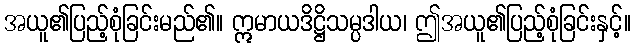
အယူ၏ပြည့်စုံခြင်းမည်၏။ ဣမာယဒိဋ္ဌိသမ္ပဒါယ၊ ဤအယူ၏ပြည့်စုံခြင်းနှင့်။